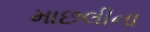
માછલીના